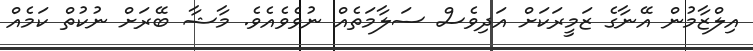
އިލްޒާމުން އޭނާގެ ޒަމީރަކަށް އަދިވެސް ސަލާމަތެއް ނުވެވެއެވެ. މާޝާ ބޭރަށް ނުކުތް ކަމެއް